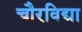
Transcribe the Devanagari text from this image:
चौरविद्या